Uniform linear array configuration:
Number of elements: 4
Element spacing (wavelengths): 0.25
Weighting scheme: uniform
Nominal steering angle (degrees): -45
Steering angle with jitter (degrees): -44.16
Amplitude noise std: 0.05
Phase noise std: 0.05

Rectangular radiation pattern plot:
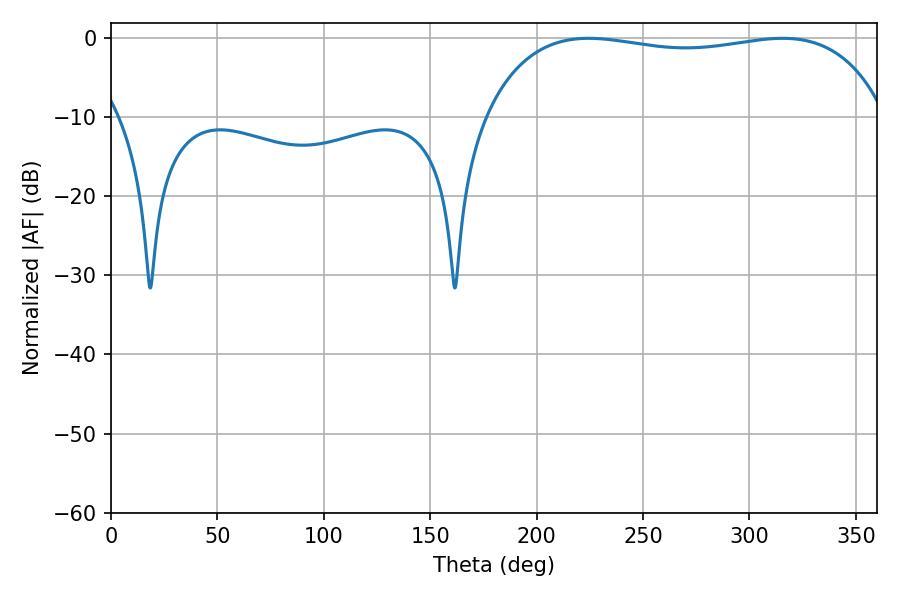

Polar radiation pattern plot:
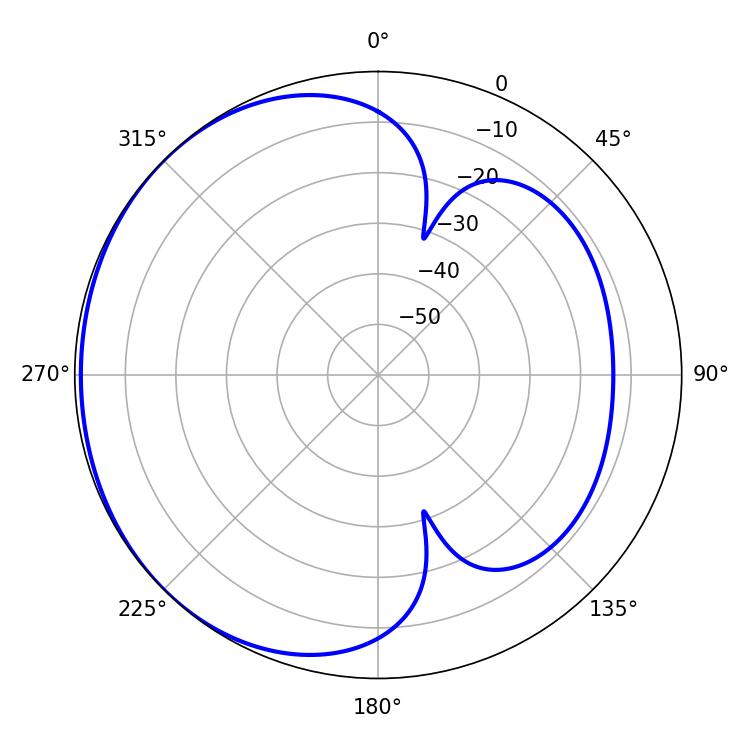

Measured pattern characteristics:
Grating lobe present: FALSE
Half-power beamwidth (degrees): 152.28
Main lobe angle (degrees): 224.46